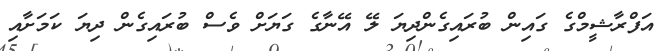
އަފްރާޝީމްގެ ގައިން ބުރައިގެންދިޔަ ލޭ އޭނާގެ ގަޔަށް ވެސް ބުރައިގެން ދިޔަ ކަމަށާއި